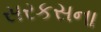
સરકસના